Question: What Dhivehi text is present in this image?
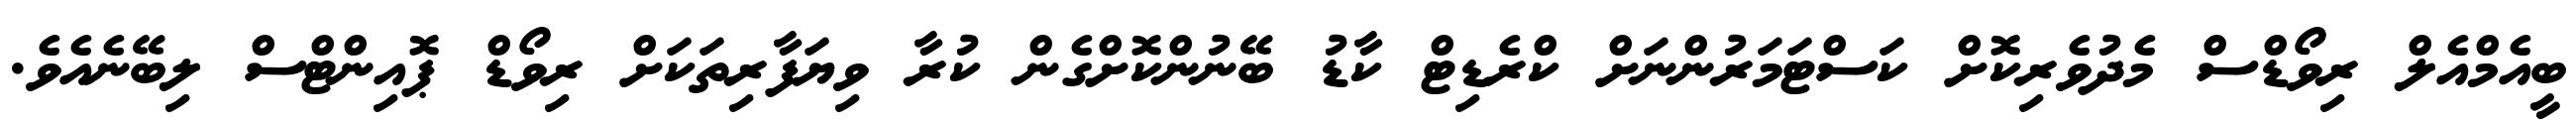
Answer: ބީއެމްއެލް ރިވޯޑްސް މެދުވެރިކޮށް ކަސްޓަމަރުންނަށް ކްރެޑިޓް ކާޑު ބޭނުންކޮށްގެން ކުރާ ވިޔަފާރިތަކަށް ރިވޯޑް ޕޮއިންޓްސް ލިބޭނެއެވެ.